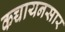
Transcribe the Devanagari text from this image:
कच्चायनसार